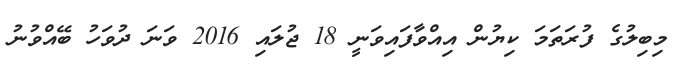
މިބިލުގެ ފުރަތަމަ ކިޔުން އިއްވާފައިވަނީ 18 ޖުލައި 2016 ވަނަ ދުވަހު ބޭއްވުނު